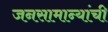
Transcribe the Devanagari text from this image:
जनसामान्यांची